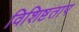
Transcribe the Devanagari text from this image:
विशिष्टताप